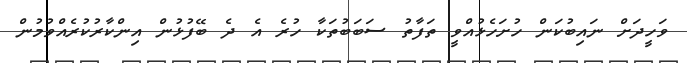
ވަހީދަށް ނައިބުކަން ހުށަހެޅުއްވީ ތަފާތު ސަބަބުތަކާ ހުރެ އެ ދެ ބޭފުޅުން އިންކާރުކުރެއްވުމުން